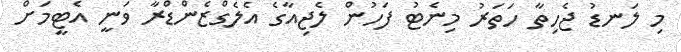
މި ލަނޑު ޖެހިތާ ހަތަރު މިނެޓު ފަހުން ލެޖިއާގެ އެލެގްޒެންޑްރާ ވަނީ އެޓީމަށް